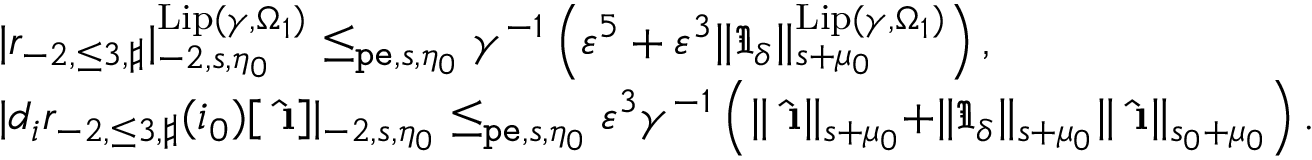
\begin{array} { r l } & { | \mathfrak { r } _ { - 2 , \le 3 , \sharp } | _ { - 2 , s , \eta _ { 0 } } ^ { \mathrm { L i p } ( \gamma , \Omega _ { 1 } ) } \le _ { \mathtt { p e } , s , \eta _ { 0 } } \gamma ^ { - 1 } \left( \varepsilon ^ { 5 } + \varepsilon ^ { 3 } \rVert \mathfrak { I } _ { \delta } \rVert _ { s + \mu _ { 0 } } ^ { \mathrm { L i p } ( \gamma , \Omega _ { 1 } ) } \right) , } \\ & { | d _ { i } \mathfrak { r } _ { - 2 , \le 3 , \sharp } ( i _ { 0 } ) [ \hat { \textbf { \i } } ] | _ { - 2 , s , \eta _ { 0 } } \le _ { \mathtt { p e } , s , \eta _ { 0 } } \varepsilon ^ { 3 } \gamma ^ { - 1 } \left( \rVert \hat { \textbf { \i } } \rVert _ { s + \mu _ { 0 } } + \rVert \mathfrak { I } _ { \delta } \rVert _ { s + \mu _ { 0 } } \rVert \hat { \textbf { \i } } \rVert _ { s _ { 0 } + \mu _ { 0 } } \right) . } \end{array}